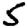
Digit: 5